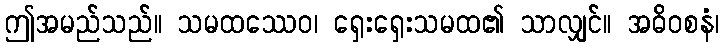
ဤအမည်သည်။ သမထဿေဝ၊ ရှေးရှေးသမထ၏ သာလျှင်။ အဓိဝစနံ၊